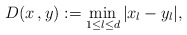
\begin{align*}D(x\,,y):=\min_{1\leq l\leq d}|x_l-y_l|,\end{align*}